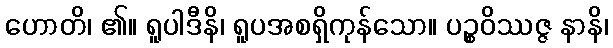
ဟောတိ၊ ၏။ ရူပါဒီနိ၊ ရူပအစရှိကုန်သော။ ပဉ္စဝိဿဇ္ဇ နာနိ၊